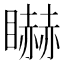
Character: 𥋿